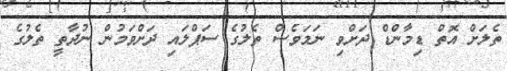
ތެލަށް އޮތް ޑިމާންޑް ދަށްވި ނަމަވެސް ތެލުގެ ސަޕްލައި ދަށްވަމުން ނުދާތީ ތެލުގެ